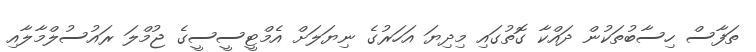
ތަފާސް ހިސާބުތަކުން ދައްކާ ގޮތުގައި މިދިޔަ އަހަރުގެ ނިޔަލަށް އެމްޓީސީސީގެ ޖުމްލަ ރައުސުލްމާލާއި